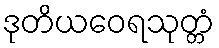
ဒုတိယဝေရသုတ္တံ